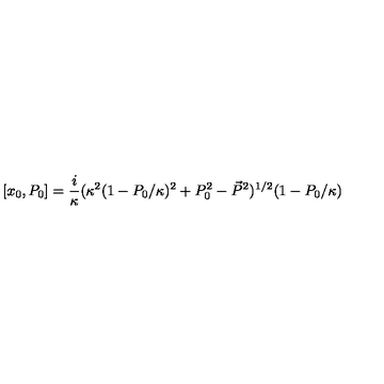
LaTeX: [ x _ { 0 } , P _ { 0 } ] = \frac { i } { \kappa } ( \kappa ^ { 2 } ( 1 - P _ { 0 } / \kappa ) ^ { 2 } + P _ { 0 } ^ { 2 } - \vec { P } ^ { 2 } ) ^ { 1 / 2 } ( 1 - P _ { 0 } / \kappa )